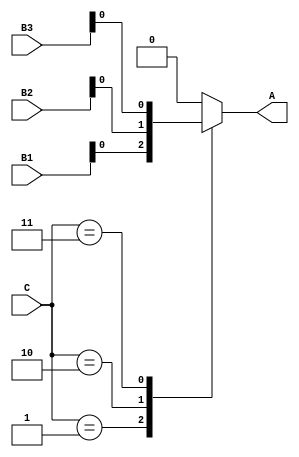
// A = B1 when C = 1 else B2 when C = 2 else B3 when C = 3 else 0;
// write using structure case

module system_2(
    output reg A,
    input wire [1:0] B1, B2, B3, C
);
    always @(B1, B2, B3, C) begin
        case (C)
            2'b01 : A = B1;
            2'b10 : A = B2;
            2'b11 : A = B3;
            default: A = 0;
        endcase    
    end
endmodule